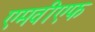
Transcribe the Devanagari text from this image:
एमवीएफ